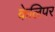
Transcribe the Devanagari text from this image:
केलिपर